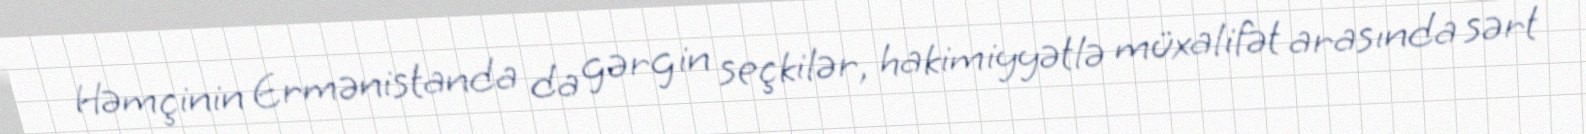
Həmçinin Ermənistanda da gərgin seçkilər, hakimiyyətlə müxalifət arasında sərt